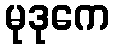
မုဒုကေ